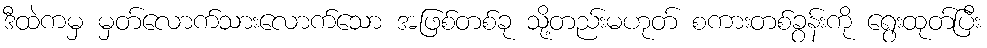
ဒီထဲကမှ မှတ်လောက်သားလောက်သော အဖြစ်တစ်ခု သို့တည်းမဟုတ် စကားတစ်ခွန်းကို ရွေးထုတ်ပြီး